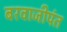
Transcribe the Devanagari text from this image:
बरवाजीपंत